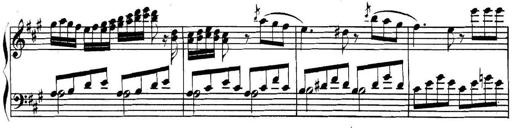
Title: Collected Piano Sonatas
Composer: Muzio Clementi